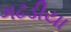
ગઢડીયા